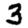
Digit: 3